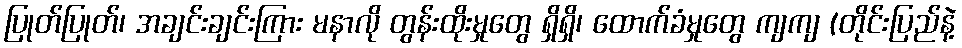
ပြုတ်ပြုတ်၊ အချင်းချင်းကြား မနာလို တွန်းထိုးမှုတွေ ရှိရှိ၊ ထောက်ခံမှုတွေ ကျကျ (တိုင်းပြည်နဲ့